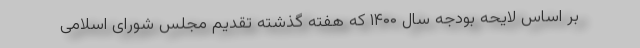
بر اساس لایحه بودجه سال ۱۴۰۰ که هفته گذشته تقدیم مجلس شورای اسلامی